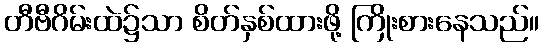
တီဗီဂိမ်းထဲ၌သာ စိတ်နှစ်ထားဖို့ ကြိုးစားနေသည်။